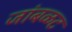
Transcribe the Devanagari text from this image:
जांबळट